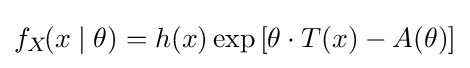
f_{X}{\!(x\mid \theta )}=h(x)\exp \left[\theta \cdot T(x)-A(\theta )\right]